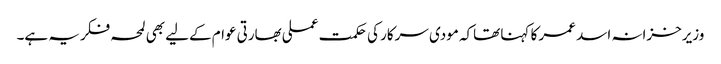
وزیرخزانہ اسد عمر کا کہنا تھاکہ مودی سرکار کی حکمت عملی بھارتی عوام کےلیے بھی لمحہ فکریہ ہے۔